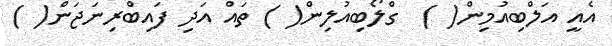
އެއީ އަލްބިއުމިން( )  ގްލޯބިއުލިން( ) ތައް އަދި ފައިބްރިނަޖަން( )